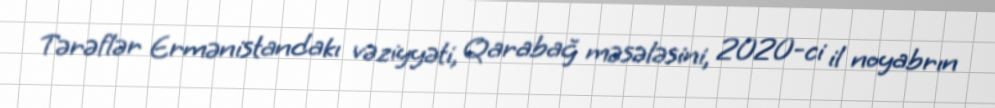
Tərəflər Ermənistandakı vəziyyəti, Qarabağ məsələsini, 2020-ci il noyabrın